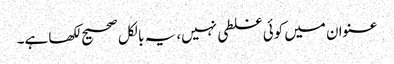
عنوان میں کوئی غلطی نہیں، یہ بالکل صحیح لکھا ہے۔